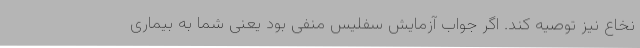
نخاع نیز توصیه کند. اگر جواب آزمایش سفلیس منفی بود یعنی شما به بیماری